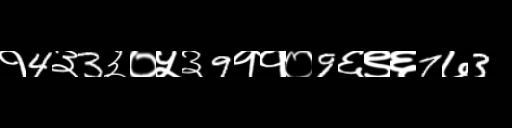
Text: १4३3३०५३9११०9६९६7७3